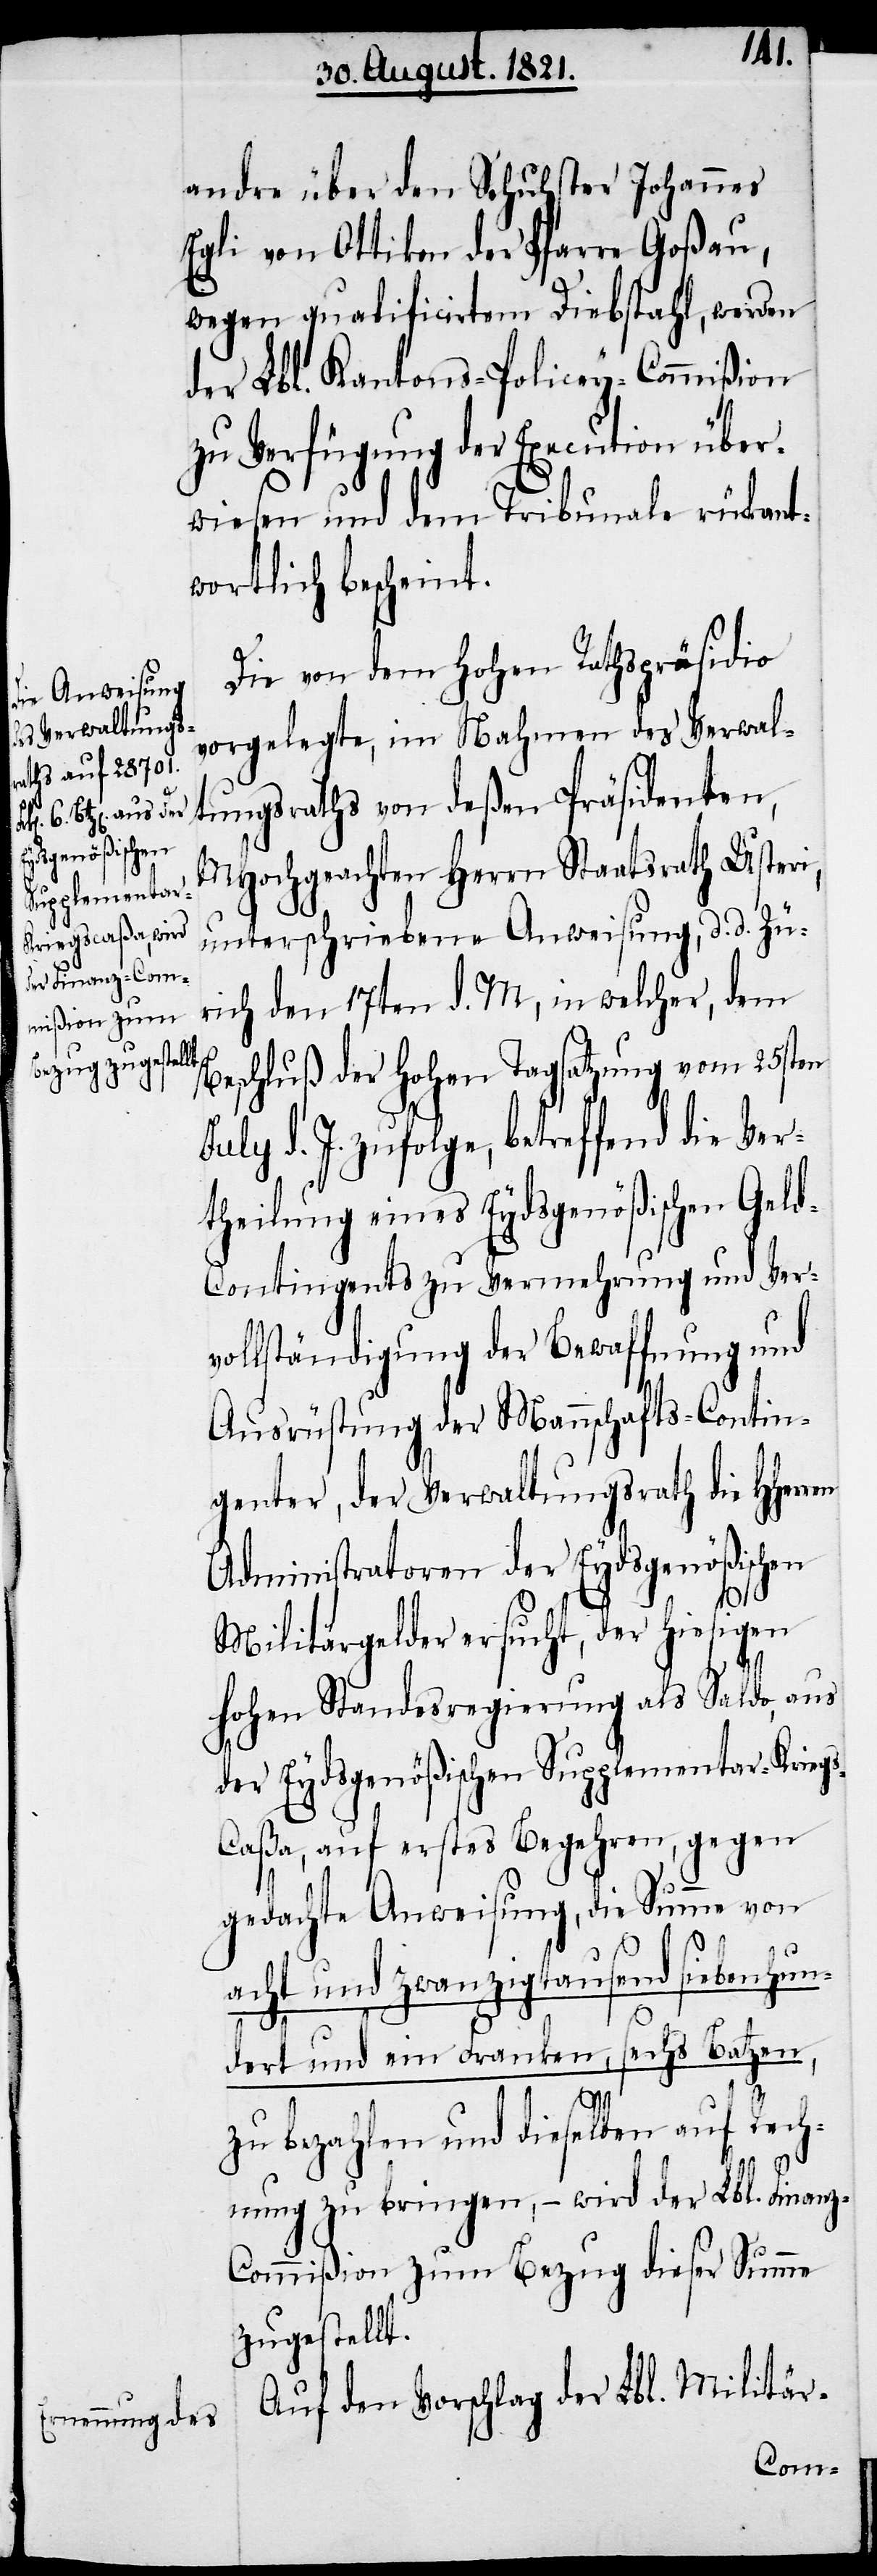
Welti aus der

andre über den Schuhster Johannes
Egli von Ottikon der Pfarre Goßau,
wegen qualificirtem Diebstahl, werden
der Lbl. Kantons-Policey-Commißion
zur Verfügung der Execution über¬
wiesen und dem Tribunale rückant¬
wortlich bescheint.
Die von dem hohen Rathspräsidio
vorgelegte, im Nahmen des Verwal¬
tungsraths von deßen Präsidenten,
MHochgeachten Herrn Staatsrath Usteri,
unterschriebene Anweisung, d. d. Zü¬
rich den 17ten d. M., in welcher, dem
Beschluß der hohen Tagsatzung vom 25sten
July d. J. zufolge, betreffend die Ver¬
theilung eines Eydsgenößischen Gel¬
d-Contingents zu Vermehrung und Ver¬
vollständigung der Bewaffnung und
Ausrüstung der Mannschafts-Contin¬
genter, der Verwaltungsrath die HHer¬
Administratoren der Eydsgenößischen
Militärgelder ersucht, der hiesigen
s-C¬
hohen Standesregierung als Saldo aus
der Eydsgenößischen Supplementar-Krieg¬
aßa, auf erstes Begehren, gegen
gedachte Anweisung, die Summe von
acht und zwanzigtausend siebenhun¬
dert und ein Franken, sechs Batzen,
zu bezahlen und dieselben auf Rech¬
nung zu bringen, – wird der Lbl. Finanz-C¬
ommißion zum Bezug dieser Summe
zugestellt.
Auf den Vorschlag der Lbl. Militär-